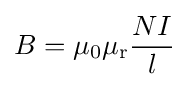
B=\mu _{0}\mu _{\mathrm {r} }{\frac {NI}{l}}